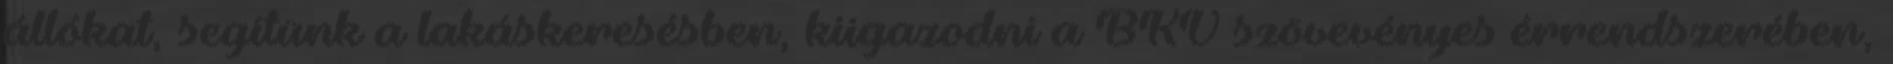
állókat, segítünk a lakáskeresésben, kiigazodni a BKV szövevényes érrendszerében,